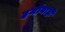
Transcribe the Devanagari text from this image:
हमोंनाही